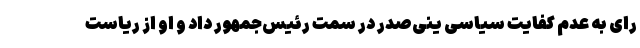
رای به عدم کفایت سیاسی ینی‌صدر در سمت رئیس‌جمهور داد و او از ریاست